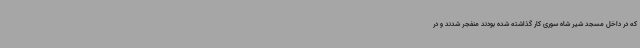
که در داخل مسجد شیر شاه سوری کار گذاشته شده بودند منفجر شدند و در